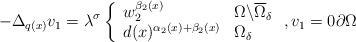
LaTeX: \begin{align*}-\Delta _{q(x)}v_{1}=\lambda ^{\sigma }\left\{\begin{array}{ll}w_{2}^{\beta _{2}(x)} & \Omega \backslash \overline{\Omega }_{\delta } \\d(x)^{\alpha _{2}(x)+\beta _{2}(x)} & \Omega _{\delta }\end{array}\right. ,v_{1}=0\partial \Omega \end{align*}